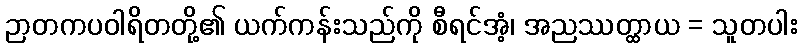
ဉာတကပဝါရိတတို့၏ ယက်ကန်းသည်ကို စီရင်အံ့၊ အညဿတ္ထာယ = သူတပါး